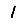
Digit: 1